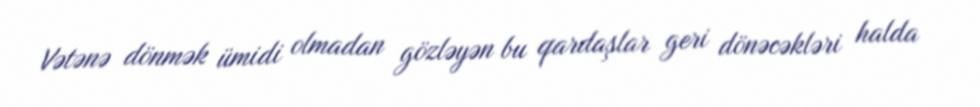
Vətənə dönmək ümidi olmadan gözləyən bu qardaşlar geri dönəcəkləri halda